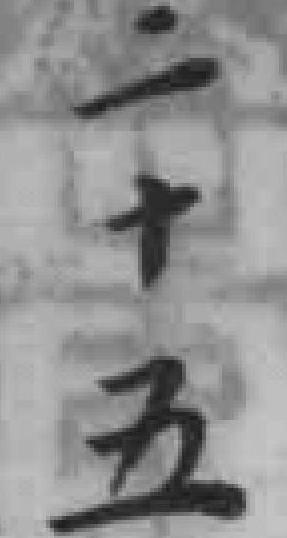
二十五